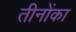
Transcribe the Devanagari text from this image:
तीनोंका